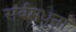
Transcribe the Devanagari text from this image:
सर्वमधुना